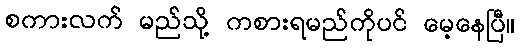
စကားလက် မည်သို့ ကစားရမည်ကိုပင် မေ့နေပြီ။